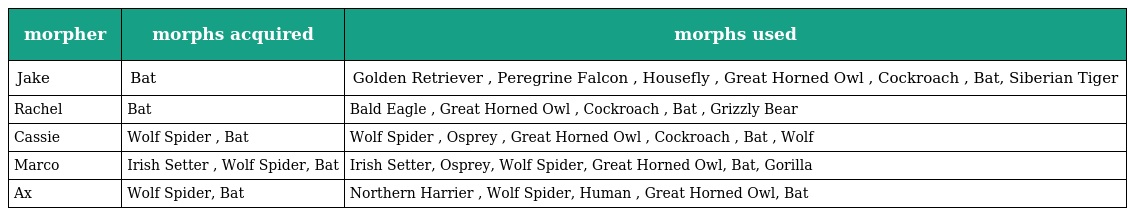
| morpher | morphs acquired | morphs used |
 | --- | --- | --- |
 | Jake | Bat | Golden Retriever , Peregrine Falcon , Housefly , Great Horned Owl , Cockroach , Bat, Siberian Tiger |
 | Rachel | Bat | Bald Eagle , Great Horned Owl , Cockroach , Bat , Grizzly Bear |
 | Cassie | Wolf Spider , Bat | Wolf Spider , Osprey , Great Horned Owl , Cockroach , Bat , Wolf |
 | Marco | Irish Setter , Wolf Spider, Bat | Irish Setter, Osprey, Wolf Spider, Great Horned Owl, Bat, Gorilla |
 | Ax | Wolf Spider, Bat | Northern Harrier , Wolf Spider, Human , Great Horned Owl, Bat |